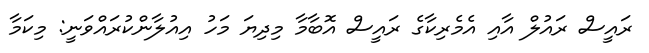
ރައީސް ރައުލް އާއި އެމެރިކާގެ ރައީސް އޮބާމާ މިދިޔަ މަހު އިއުލާންކުރައްވަނީ: މިކަމާ